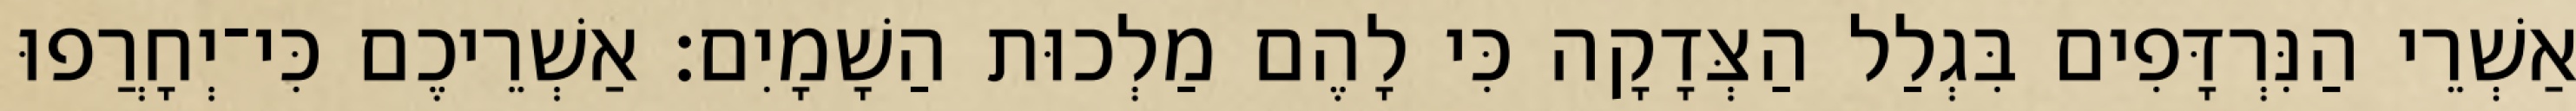
אַשְׁרֵי הַנִּרְדָּפִים בִּגְלַל הַצְּדָקָה כִּי לָהֶם מַלְכוּת הַשָׁמָיִם׃ אַשְׁרֵיכֶם כִּי־יְחָרֲפוּ